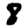
Digit: 8